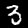
Digit: 3